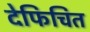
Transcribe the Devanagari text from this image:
देफिचित